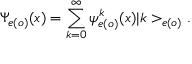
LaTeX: \Psi _ { e ( o ) } ( x ) = \sum _ { k = 0 } ^ { \infty } \psi _ { e ( o ) } ^ { k } ( x ) | k > _ { e ( o ) } .